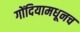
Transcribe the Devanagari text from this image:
गोंदियामधूनच